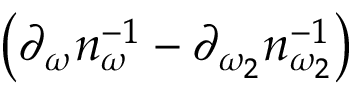
\left( \partial _ { \omega } n _ { \omega } ^ { - 1 } - \partial _ { \omega _ { 2 } } n _ { \omega _ { 2 } } ^ { - 1 } \right)